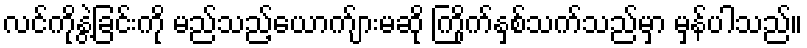
လင်ကိုနွဲ့ခြင်းကို မည်သည့်ယောက်ျားမဆို ကြိုက်နှစ်သက်သည်မှာ မှန်ပါသည်။